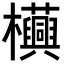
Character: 𧅦